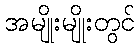
အမျိုးမျိုးတွင်